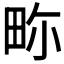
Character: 𤱏